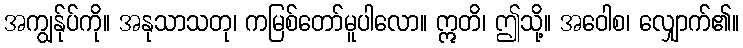
အကျွန်ုပ်ကို။ အနုသာသတု၊ ကမြစ်တော်မူပါလော။ ဣတိ၊ ဤသို့။ အဝေါစ၊ လျှောက်၏။